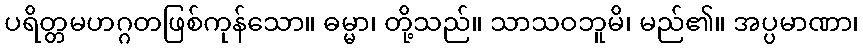
ပရိတ္တမဟဂ္ဂတဖြစ်ကုန်သော။ ဓမ္မာ၊ တို့သည်။ သာသဝဘူမိ၊ မည်၏။ အပ္ပမာဏာ၊